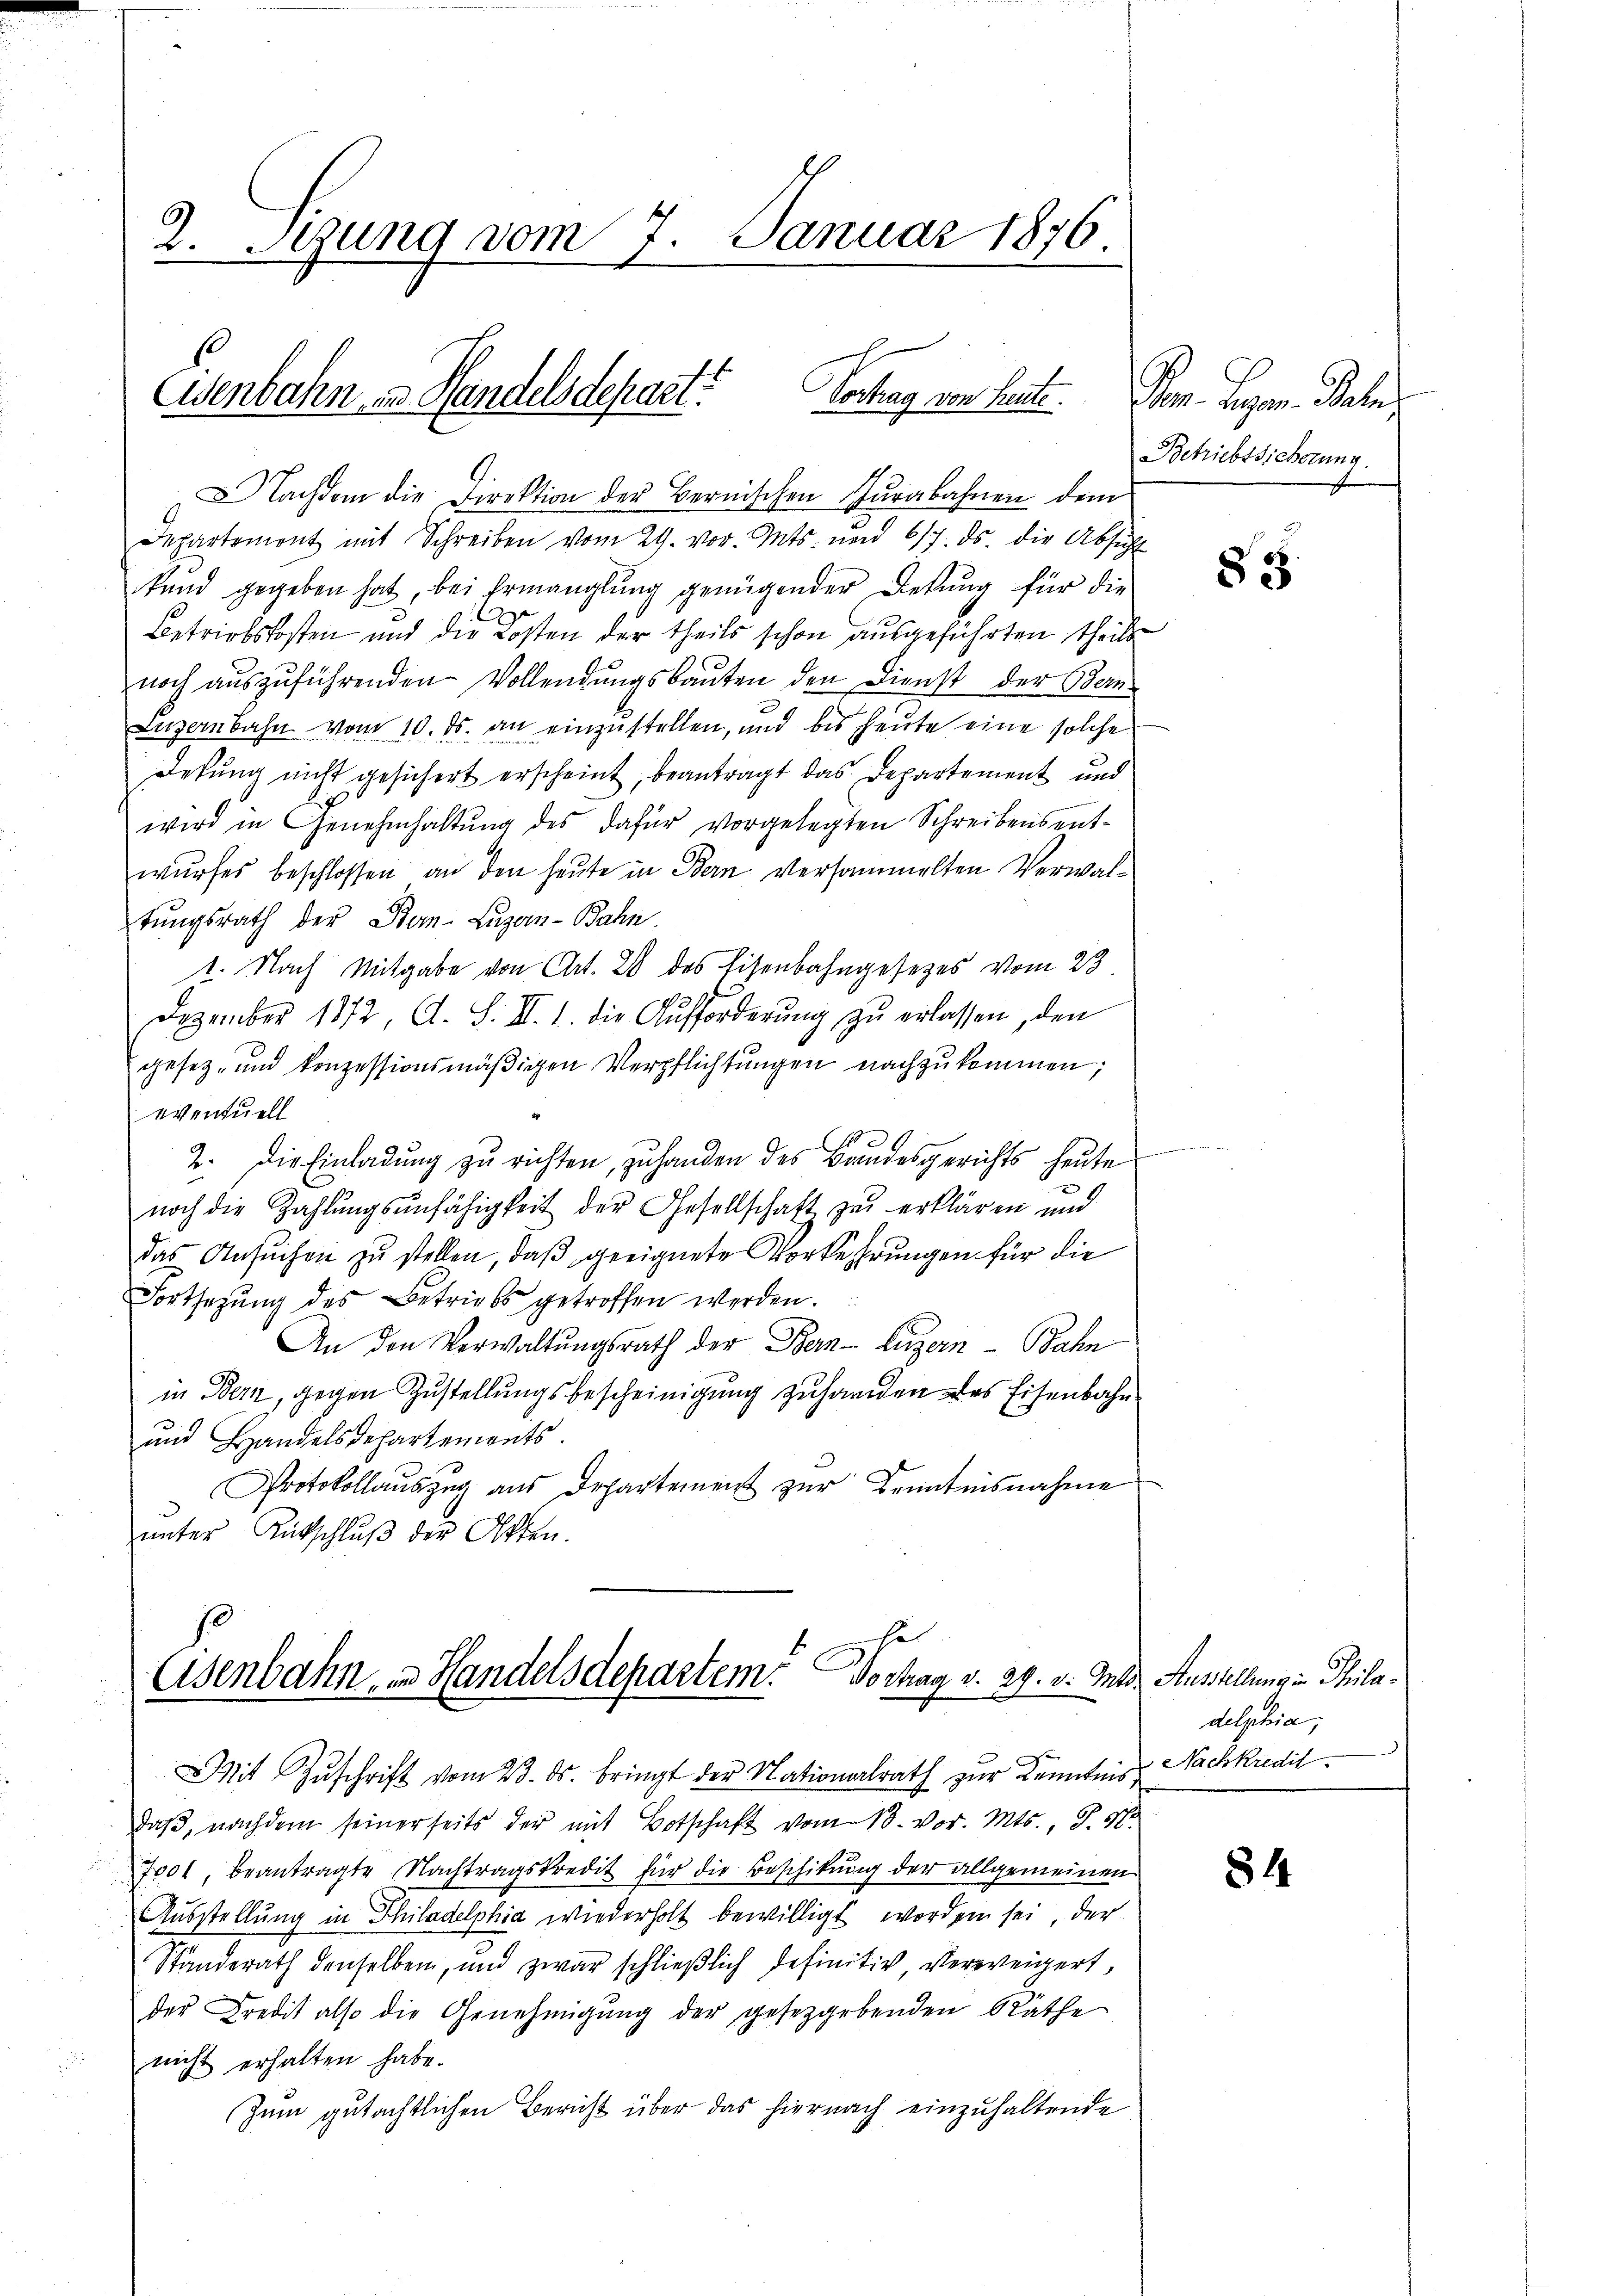
2. Stung vom 7. Januar 1876.

Esenbahn in Handelsdepart? Vortrag von Leute. Dem Gegen Bahn
Nachdem die Direktion der Bernischen urabahnen dem

Osenbahn, u. Handelsdepartem Vorhag v. 29. v. Mts.

Departement mit Schreiben vom 29. vor. Mts. und 617. ds. die Absicht
kund gegeben hat, bei Ermanglung genügender Dekung für die
Betriebskosten und die Kosten der theils schon ausgeführten Theils
noch aŭszŭführenden Vollendŭngsbauten den Dienst der Bern
Luzernbahn vom 10. ds. an einzustellen, und bis heute eine solche
Desung nicht gesichert erscheint, beantragt das Departement und
wird in Genehmhaltŭng des dafür vorgelegten Schreibens ent-
wurfes beschlossen an den heute in Bern versammelten Verwaltŭngsrath der Ber-Luzan-Bahn.
1. Nach Mitgabe von Art. 28 des Eisenbahngesezes vom 23.
Dezember 1872, A. S. II. 1. die Aufforderŭng zŭ erlassen, den
gesetz- und konzessionsmäßigen Verpflichtungen nachzukommen;
eventuell
2. Die Einladung zu richten, zu handen des Bundesgerichts heute
noch die Zahlungsunfähigkeit der Gesellschaft zu erklären und
das Ansŭchen zŭ stellen, daβ geeignete Vorkehrungen für die
Fortsetzŭng des Betriebs getroffen werden.
An den Verwaltŭngsrath der Bern-Litzern Bahn
in Bern, gegen Zustellungsbescheinigung zuhanden des Eisenbahn
und Handelsdepartements.
Protokollauszug aus Departement zur Kenntnisnahme
unter Rutschluß der Otten.

Mit Zŭschrift vom 23. ds. bringt der Nationalrath zur Kenntnis,
daβ, nachdem seinerseits der mit Botschaft vom 13. vor. Mts., S. 17.
7001, beantragte Nachtragskredit für die Beschikung der allgemeinen
Ausstellung in Philadelphia wiederholt bewilligt worden sei, der
Standerath denselben, und zwar schließlich definitiv, verweigert,
der Credit also die Genehmigŭng der gesetzgebenden Räthe
nicht erhalten habe.
Zum gutächtlichen Bericht über das hiernach einzuhaltende

Betriebssicherung.

m

83

Ausstellung in Philadelphia;
Nachkredit

84